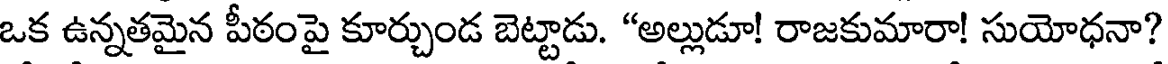
ఒక ఉన్నతమైన పీఠంపై కూర్చుండ బెట్టాడు. "అల్లుడూ! రాజకుమారా! సుయోధనా?